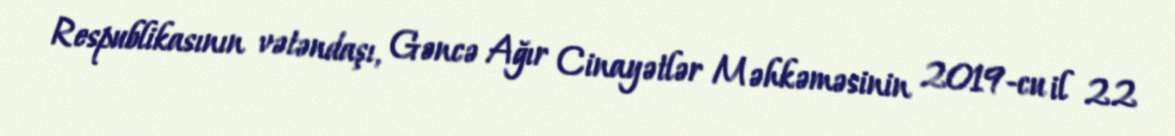
Respublikasının vətəndaşı, Gəncə Ağır Cinayətlər Məhkəməsinin 2019-cu il 22